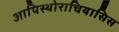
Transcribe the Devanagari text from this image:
आपिस्थोराचियासिस